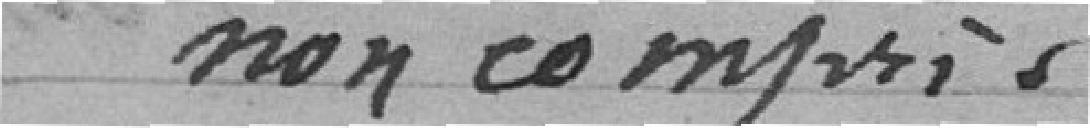
non compris .